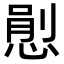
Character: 𢞈